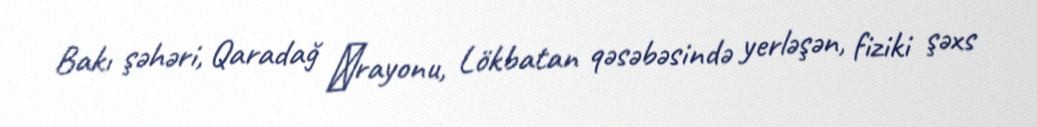
Bakı şəhəri, Qaradağ ‎rayonu, Lökbatan qəsəbəsində yerləşən, fiziki şəxs